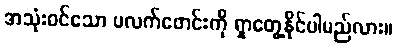
အသုံးဝင်သော ပလက်ဖောင်းကို ရှာတွေ့နိုင်ပါမည်လား။